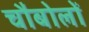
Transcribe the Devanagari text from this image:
चौबोलों